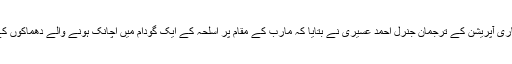
یمن میں سعودی عرب کی قیادت میں اتحادی ممالک کے جاری آپریشن کے ترجمان جنرل احمد عسیری نے بتایا کہ مارب کے مقام پر اسلحہ کے ایک گودام میں اچانک ہونے والے دھماکوں کے نتیجے میں کم سے کم دس سعودی سپاہی شہید ہوئے ہیں۔